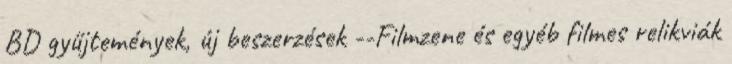
BD gyűjtemények, új beszerzések --Filmzene és egyéb filmes relikviák